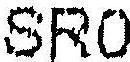
SR0